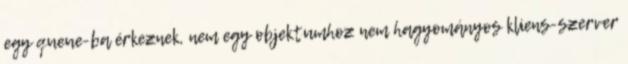
egy queue-ba érkeznek, nem egy objektumhoz nem hagyományos kliens-szerver